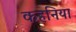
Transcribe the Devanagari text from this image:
कहनिया